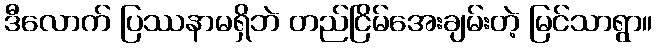
ဒီလောက် ပြဿနာမရှိဘဲ တည်ငြိမ်အေးချမ်းတဲ့ မြင်သာရွာ။